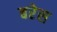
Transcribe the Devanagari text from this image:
बरेस